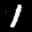
Digit: 1